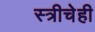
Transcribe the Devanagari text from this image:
स्त्रीचेही